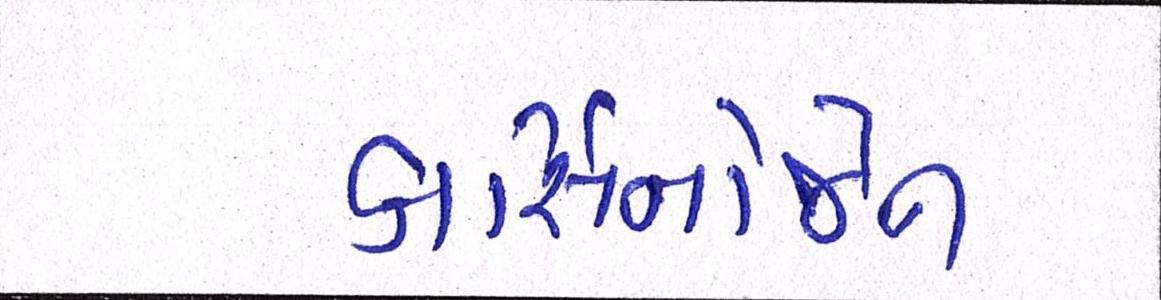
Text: કાર્સિનોજેન